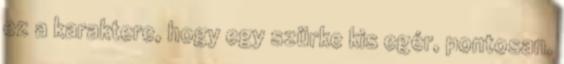
ez a karaktere, hogy egy szürke kis egér, pontosan.